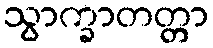
သွာက္ခာတတ္တာ